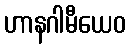
ဟာနဂါမီယေဝ